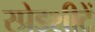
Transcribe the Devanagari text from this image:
स्प्रेडशीटें